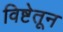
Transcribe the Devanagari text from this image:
विष्टेतून